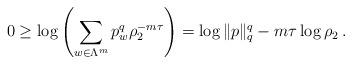
LaTeX: \begin{align*}0\ge\log\left(\sum_{w\in\Lambda^{m}}p_{w}^{q}\rho_{2}^{-m\tau}\right)=\log\Vert p\Vert_{q}^{q}-m\tau\log\rho_{2}\:.\end{align*}